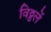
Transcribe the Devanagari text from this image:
विठ्ठलें